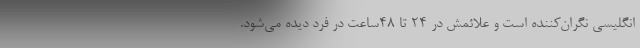
انگلیسی نگران‌کننده است و علائمش در ۲۴ تا ۴۸ساعت در فرد دیده می‌شود.